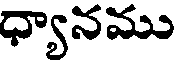
ధ్యానము